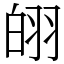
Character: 䎅